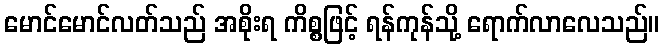
မောင်မောင်လတ်သည် အစိုးရ ကိစ္စဖြင့် ရန်ကုန်သို့ ရောက်လာလေသည်။